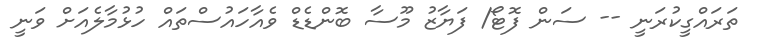
ތަރައްގީކުރަނީ -- ސަން ފޮޓޯ/ ފަޔާޒު މޫސާ ބޮންޑެޑް ވެއާހައުސްތައް ހުޅުމާލެއަށް ވަނީ